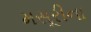
મસૂરીના